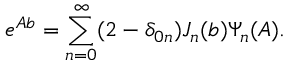
e ^ { A b } = \sum _ { n = 0 } ^ { \infty } ( 2 - \delta _ { 0 n } ) J _ { n } ( b ) \Psi _ { n } ( A ) .